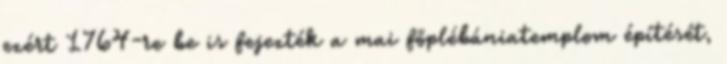
ezért 1764-re be is fejezték a mai főplébániatemplom építését,